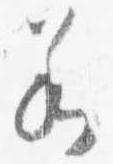
若